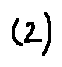
( 2 )